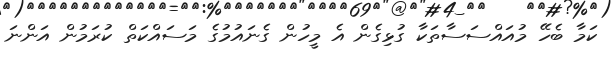
ކަމާ ބެހޭ މުއައްސަސާތަކާ ގުޅިގެން އެ މީހުން ގެނައުމުގެ މަސައްކަތް ކުރަމުން އަންނަ